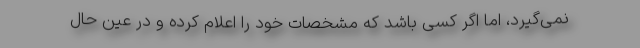
نمی‌گیرد، اما اگر کسی باشد که مشخصات خود را اعلام کرده و در عین حال